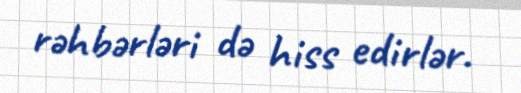
rəhbərləri də hiss edirlər.